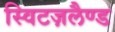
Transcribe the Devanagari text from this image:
स्विटज़लैण्ड